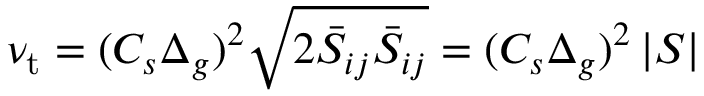
\nu _ { \mathrm { t } } = ( C _ { s } \Delta _ { g } ) ^ { 2 } { \sqrt { 2 { \bar { S } } _ { i j } { \bar { S } } _ { i j } } } = ( C _ { s } \Delta _ { g } ) ^ { 2 } \left| S \right|